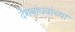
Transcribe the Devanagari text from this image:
देशबांधवांच्या